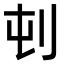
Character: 𪞿